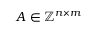
A \in \mathbb Z ^ { n \times m }